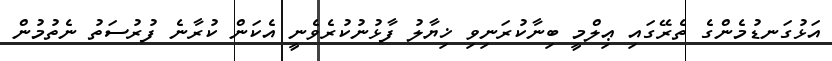
އަޅުގަނޑުމެންގެ ތެރޭގައި ޢިލްމީ ބިނާކުރަނިވި ޚިޔާލު ފާޅުނުކުރެވެނީ އެކަން ކުރާނެ ފުރުސަތު ނެތުމުން